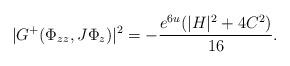
LaTeX: \begin{align*}|G^+(\Phi_{zz},J\Phi_z)|^2=-\frac{e^{6u}(|H|^2+4C^2)}{16}.\end{align*}